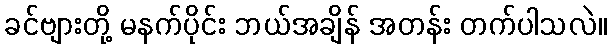
ခင်ဗျားတို့ မနက်ပိုင်း ဘယ်အချိန် အတန်း တက်ပါသလဲ။